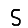
Digit: 5